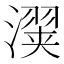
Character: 𬉇